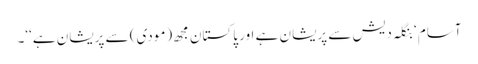
آسام ‘ بنگلہ دیش سے پریشان ہے اور پاکستان مجھ (مودی) سے پریشان ہے‘‘۔